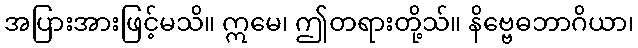
အပြားအားဖြင့်မသိ။ ဣမေ၊ ဤတရားတို့သ်။ နိဗ္ဗေဓဘာဂိယာ၊